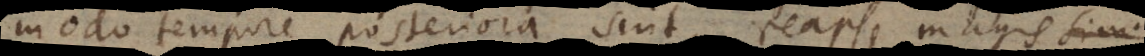
, modo tempore posteriora sint, reapse magis comp